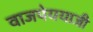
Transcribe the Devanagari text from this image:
वाजपेययाजी